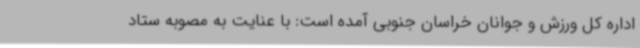
اداره کل ورزش و جوانان خراسان جنوبی آمده است: با عنایت به مصوبه ستاد